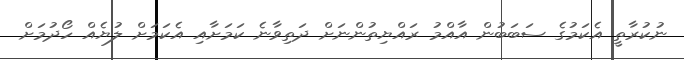
ނުކުރާތީ އެކަމުގެ ސަބަބުން އާއްމު ރައްޔިތުންނަށް ދަތިވާނެ ކަމަށާއި އެކަމަށް ލުޔެއް ހޯދުމަށް